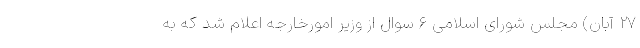
۲۷ آبان) مجلس شورای اسلامی ۶ سوال از وزیر امورخارجه اعلام شد که به